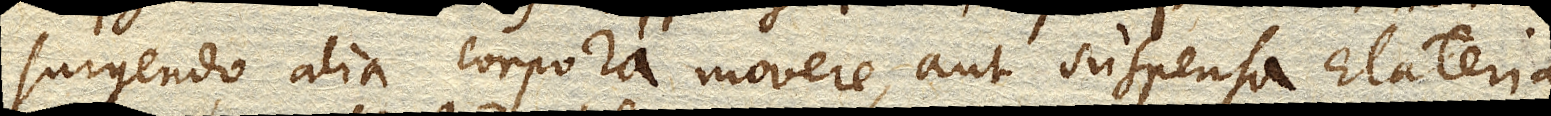
surgendo alia corpora movere, aut suspensa Elateria